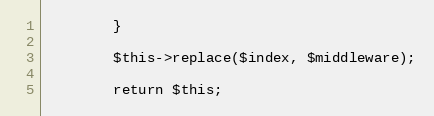
Language: PHP
        }

        $this->replace($index, $middleware);

        return $this;